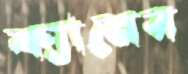
ক্যানের